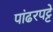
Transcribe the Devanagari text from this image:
पांढरपट्टे